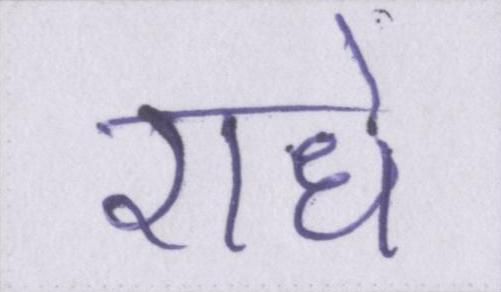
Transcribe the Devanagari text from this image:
राधे